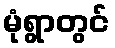
မုံရွာတွင်